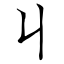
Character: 丩